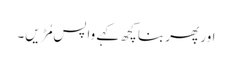
اور پھر بنا کچھ کہے واپس مُڑیں۔